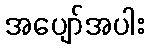
အပျော်အပါး